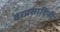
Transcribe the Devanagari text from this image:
वरप्रसादिनी